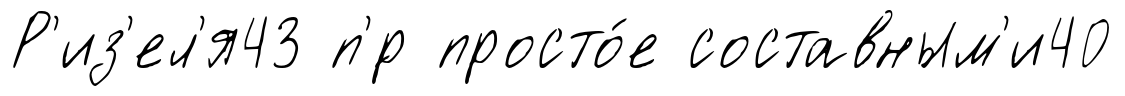
Р'из'ел'я43 п'́р просто́е составным'и40